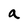
Character: a